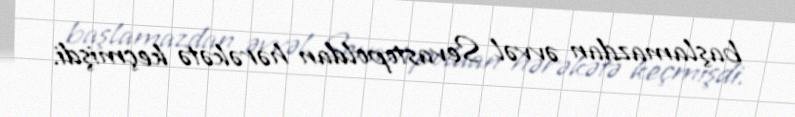
başlamazdan əvvəl Sevastopoldan hərəkətə keçmişdi.